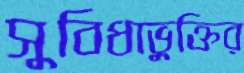
সুবিধাভুক্তির